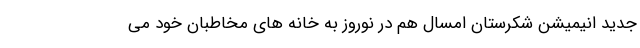
جدید انیمیشن شکرستان امسال هم در نوروز به خانه های مخاطبان خود می